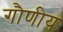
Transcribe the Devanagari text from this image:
गौणीय